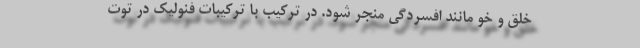
خلق و خو مانند افسردگی منجر شود. در ترکیب با ترکیبات فنولیک در توت